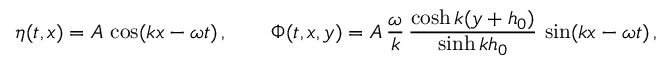
\eta ( t , x ) = A \, \cos ( k x - \omega t ) \, , \qquad \Phi ( t , x , y ) = A \, \frac { \omega } { k } \, \frac { \cosh k ( y + h _ { 0 } ) } { \sinh k h _ { 0 } } \, \sin ( k x - \omega t ) \, ,